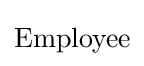
{\text{Employee}}